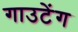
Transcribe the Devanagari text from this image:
गाउटेंग